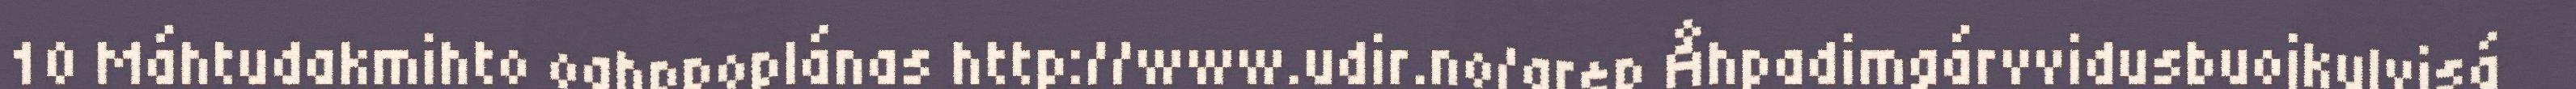
10 Máhtudakmihto oahppoplánas http://www.udir.no/grep Åhpadimgárvvidusbuojkulvisá